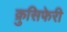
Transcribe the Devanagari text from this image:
क्रुसिफेरी